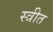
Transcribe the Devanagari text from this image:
स्त्रीत